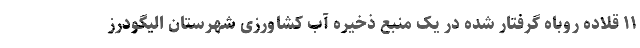
۱۱ قلاده روباه گرفتار شده در یک منبع ذخیره آب کشاورزی شهرستان الیگودرز